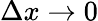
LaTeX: \Delta x\to 0